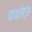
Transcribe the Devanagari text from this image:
पायलेट्स